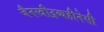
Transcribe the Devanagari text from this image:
जैनस्त्रीद्रव्यहीनेसी